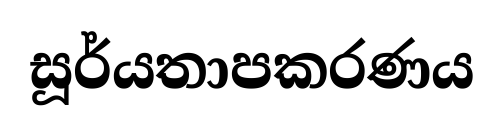
සූර්යතාපකරණය